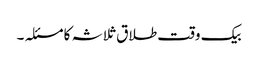
بیک وقت طلاق ثلاثہ کا مسئلہ ۔